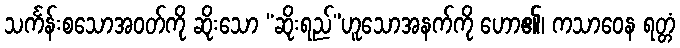
သင်္ကန်းစသောအဝတ်ကို ဆိုးသော “ဆိုးရည်”ဟူသောအနက်ကို ဟော၏၊ ကသာဝေန ရတ္တံ